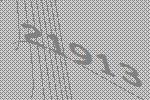
21913